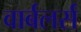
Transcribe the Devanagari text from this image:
वार्बलर्स